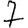
Digit: 7